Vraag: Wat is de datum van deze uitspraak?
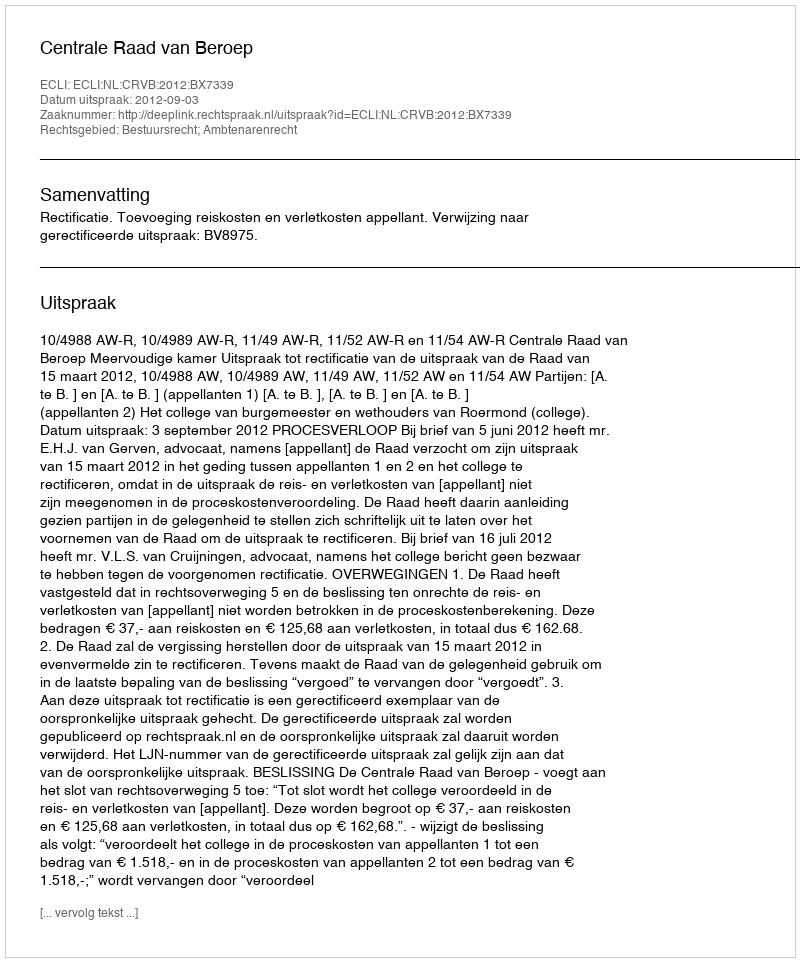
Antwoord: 2012-09-03